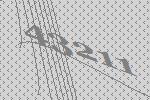
43211